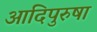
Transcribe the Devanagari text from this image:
आदिपुरुषा